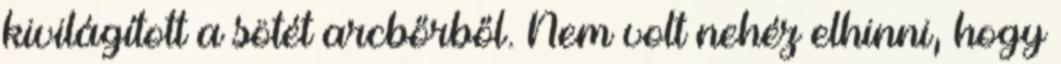
kivilágított a sötét arcbőrből. Nem volt nehéz elhinni, hogy